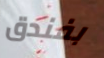
بفندق